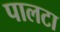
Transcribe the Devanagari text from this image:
पालटा